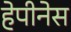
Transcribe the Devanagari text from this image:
हेपीनेस